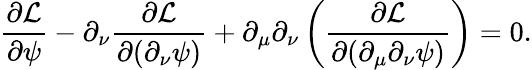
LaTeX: \frac{\partial\mathcal{L}}{\partial\psi}-\partial_{\nu}\frac{\partial\mathcal{L}}{\partial(\partial_{\nu}\psi)}+\partial_{\mu}\partial_{\nu}\left(\frac{\partial\mathcal{L}}{\partial(\partial_{\mu}\partial_{\nu}\psi)}\right)=0.